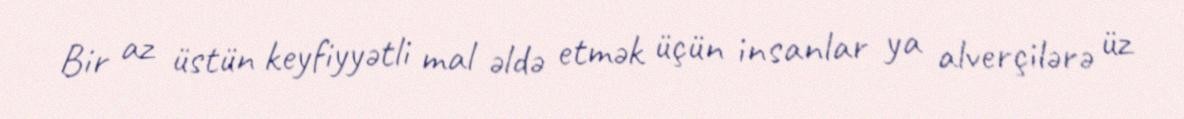
Bir az üstün keyfiyyətli mal əldə etmək üçün insanlar ya alverçilərə üz